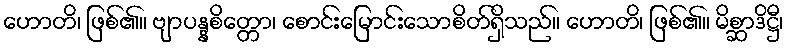
ဟောတိ၊ ဖြစ်၏။ ဗျာပန္နစိတ္တော၊ စောင်းမြောင်းသောစိတ်ရှိသည်။ ဟောတိ၊ ဖြစ်၏။ မိစ္ဆာဒိဋ္ဌီ၊